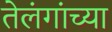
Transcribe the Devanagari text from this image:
तेलंगांच्या